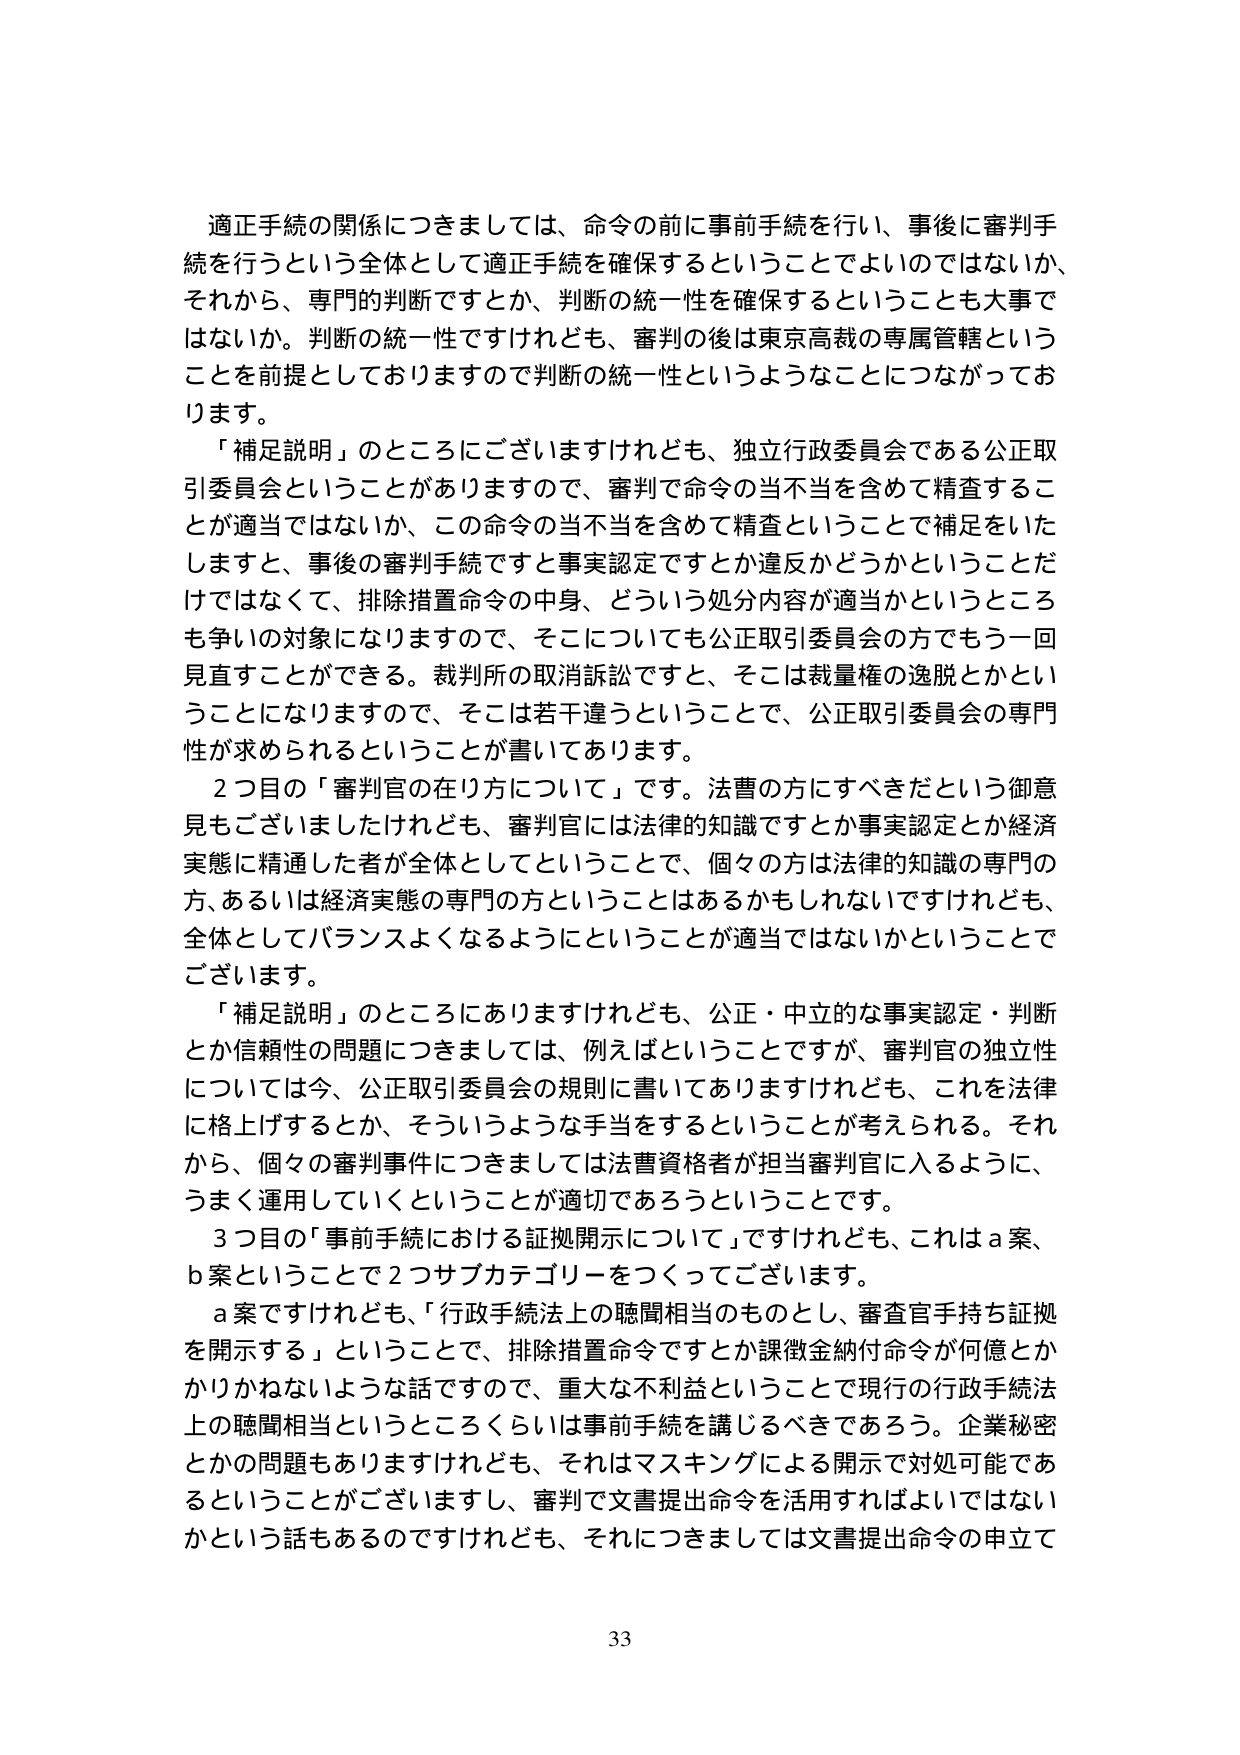
適正手続の関係につきましては、命令の前に事前手続を行い、事後に審判手続を行うという全体として適正手続を確保するということでよいのではないか、それから、専門的判断ですとか、判断の統一性を確保するということも大事ではないか。判断の統一性ですけれども、審判の後は東京高裁の専属管轄ということを前提としておりますので判断の統一性というようなことにつながっております。

「補足説明」のところにございますけれども、独立行政委員会である公正取引委員会ということがありますので、審判で命令の当不当を含めて精査することが適当ではないか、この命令の当不当を含めて精査ということで補足をいたしますと、事後の審判手続ですと事実認定ですとか違反かどうかということだけではなくて、排除措置命令の中身、どういう処分内容が適当かというところも争いの対象になりますので、そこについても公正取引委員会の方でもう一回見直すことができる。裁判所の取消訴訟ですと、そこは裁量権の逸脱とかということになりますので、そこは若干違うということで、公正取引委員会の専門性が求められるということが書いてあります。

2つ目の「審判官の在り方について」です。法曹の方にすべきだという御意見もございましたけれども、審判官には法律的知識ですとか事実認定とか経済実態に精通した者が全体としてということで、個々の方は法律的知識の専門の方、あるいは経済実態の専門の方ということはあるかもしれませんが、全体としてバランスよくなるようにということが適当ではないかということでございます。

「補足説明」のところにありますけれども、公正・中立的な事実認定・判断とか信頼性の問題につきましては、例えばということですが、審判官の独立性については今、公正取引委員会の規則に書いてありますけれども、これを法律に格上げするとか、そういうような手当をするということが考えられる。それから、個々の審判事件につきましては法曹資格者が担当審判官に入るよう、うまく運用していくということが適切であろうということです。

3つ目の「事前手続における証拠開示について」ですけれども、これはa案、b案ということで2つサブカテゴリーをつくってございます。

a案ですけれども、「行政手続法上の聴聞相当のものとし、審査官手持ち証拠を開示する」ということで、排除措置命令ですとか課徴金納付命令が何億とかかりかねないような話ですので、重大な不利益ということで現行の行政手続法上の聴聞相当というところくらいは事前手続を講じるべきであろう。企業秘密とかの問題もありますけれども、それはマスキングによる開示で対処可能であるということがございますし、審判で文書提出命令を活用すればよいではないかという話もあるのですけれども、それにつきましては文書提出命令の申立て

33